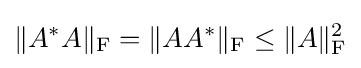
\|A^{*}A\|_{\text{F}}=\|AA^{*}\|_{\text{F}}\leq \|A\|_{\text{F}}^{2}